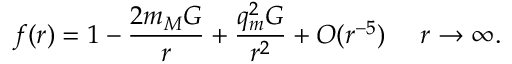
f ( r ) = 1 - \frac { 2 m _ { M } G } { r } + \frac { q _ { m } ^ { 2 } G } { r ^ { 2 } } + { \cal O } ( r ^ { - 5 } ) ~ ~ ~ ~ r \rightarrow \infty .